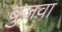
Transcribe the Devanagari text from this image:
बुजवा